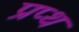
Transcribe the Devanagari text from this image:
प्रप्थ